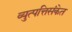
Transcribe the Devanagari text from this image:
व्युत्पत्तिसंकेत